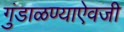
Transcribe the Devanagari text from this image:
गुंडाळण्याऐवजी